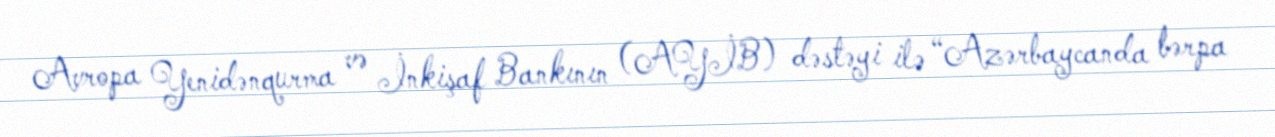
Avropa Yenidənqurma və İnkişaf Bankının (AYİB) dəstəyi ilə “Azərbaycanda bərpa